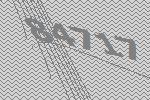
84717